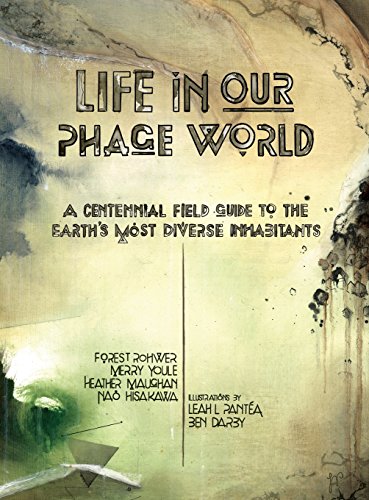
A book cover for Life in Our Phage World; Forest Rohwer; Medical Books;